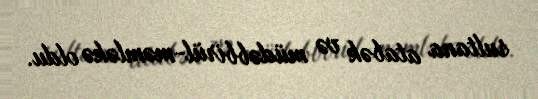
sultana atabək və müdəbbirül-məmləkə oldu.